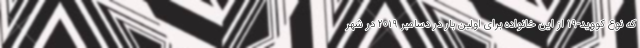
که نوع کووید-۱۹ از این خانواده برای اولین بار در دسامبر ۲۰۱۹ در شهر